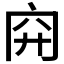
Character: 𥤬